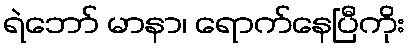
ရဲဘော် မာနာ၊ ရောက်နေပြီကိုး